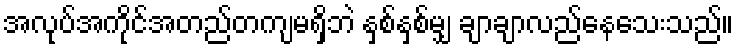
အလုပ်အကိုင်အတည်တကျမရှိဘဲ နှစ်နှစ်မျှ ချာချာလည်နေသေးသည်။